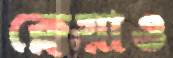
ক্লেয়াও